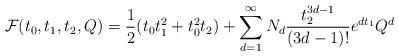
LaTeX: \begin{align*} \mathcal{F}(t_0,t_1,t_2,Q) = \frac{1}{2} (t_0 t_1^2 + t_0^2 t_2) + \sum_{d=1}^\infty N_d \frac{t_2^{3d-1}}{(3d-1)!} e^{dt_1}Q^d \end{align*}